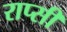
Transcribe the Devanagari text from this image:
राप्सी